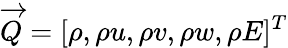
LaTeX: \overrightarrow{Q}=[\rho,\rho u,\rho v,\rho w,\rho E]^{T}